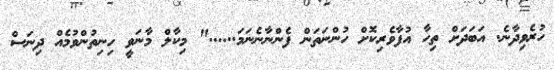
ހުރެވިދާނެ. އަބަދަށް ތިހާ އުފާވެރިކޮށް ހުންނަތަން ފެންނާނެނަމަ......" މިކާލް މާނަވީ ހިނިތުންވުމެއް ދިނަސް